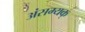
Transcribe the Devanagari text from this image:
अंसम्यक्